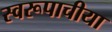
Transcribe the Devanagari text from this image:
स्वरूपाचीया